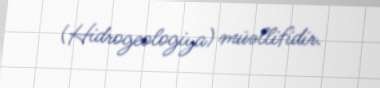
(Hidrogeologiya) müəllifidir.